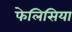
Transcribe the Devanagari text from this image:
फेलिसिया